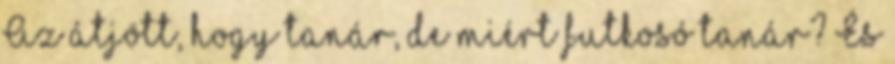
Az átjött, hogy tanár, de miért futkosó tanár? És